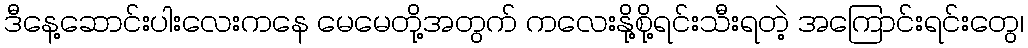
ဒီနေ့ဆောင်းပါးလေးကနေ မေမေတို့အတွက် ကလေးနို့စို့ရင်းသီးရတဲ့ အကြောင်းရင်းတွေ၊